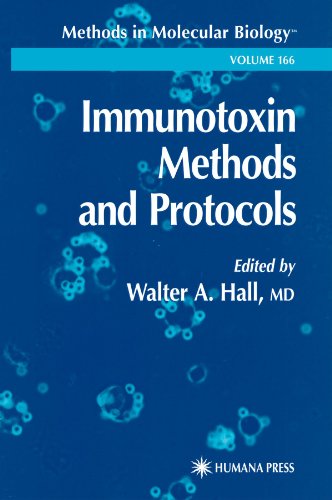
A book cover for Immunotoxin Methods and Protocols (Methods in Molecular Biology); Medical Books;